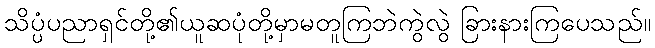
သိပ္ပံပညာရှင်တို့၏ယူဆပုံတို့မှာမတူကြဘဲကွဲလွဲ ခြားနားကြပေသည်။